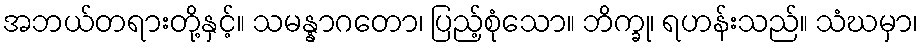
အဘယ်တရားတို့နှင့်။ သမန္နာဂတော၊ ပြည့်စုံသော။ ဘိက္ခု၊ ရဟန်းသည်။ သံဃမှာ၊